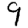
Digit: 9